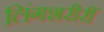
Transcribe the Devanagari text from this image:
लिंगशरीरीं